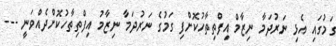
ގަމުގައި އެޅި ނަރުދަމާ ނިޒާމް އިފްތިތާހުކޮށްފި ގަމުގެ ނަރުދަމާ ނިޒާމު އިފްތިތާހުކޮށްދެއްވަނީ ---